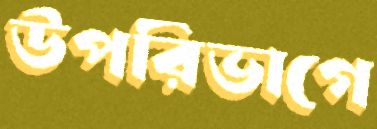
উপরিভাগে